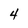
Character: 4